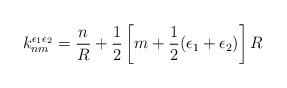
LaTeX: \begin{align*}k_{nm}^{\epsilon_1 \epsilon_2}=\frac{n}{R}+\frac{1}{2}\left[m+\frac{1}{2}(\epsilon_1+\epsilon_2)\right]R\end{align*}